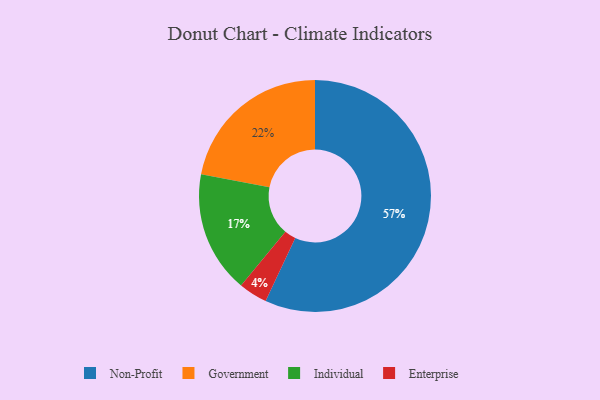
{"axis": {"x": "Category", "y": "Percentage"}, "legend": ["Enterprise", "Government", "Individual", "Non-Profit"], "data": [{"x": "Individual", "y": 17, "type": "Individual"}, {"x": "Enterprise", "y": 4, "type": "Enterprise"}, {"x": "Non-Profit", "y": 57, "type": "Non-Profit"}, {"x": "Government", "y": 22, "type": "Government"}]}